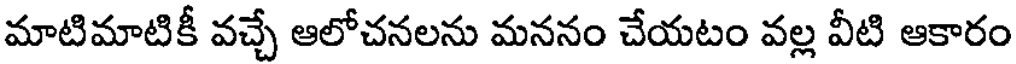
మాటిమాటికీ వచ్చే ఆలోచనలను మననం చేయటం వల్ల వీటి ఆకారం